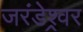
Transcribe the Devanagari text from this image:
जरंडेश्र्वर